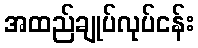
အထည်ချုပ်လုပ်ငန်း